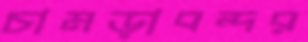
চামড়াবন্দর